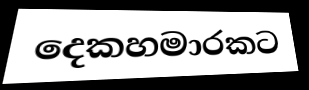
දෙකහමාරකට